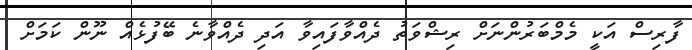
ފާރިސް އަކީ މެމްބަރުންނަށް ރިޝްވަތު ދެއްވާފައިވާ އަދި ދެއްވާނެ ބޭފުޅެއް ނޫން ކަމަށް